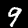
Label: 9